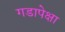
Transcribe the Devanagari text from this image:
गडापेक्षा